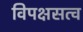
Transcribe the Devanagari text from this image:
विपक्षसत्व